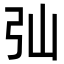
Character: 㢫